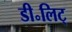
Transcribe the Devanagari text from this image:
डी॰लिट्